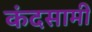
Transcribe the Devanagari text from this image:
कंदसामी